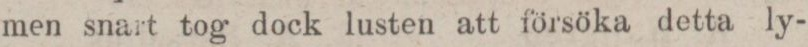
men snart tog dock lusten att försöka detta ly-